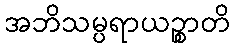
အဘိသမ္ပရာယဉ္စာတိ